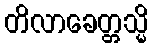
တိလာခေတ္တသ္မိ